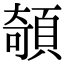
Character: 䫑